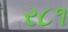
ર૮૧